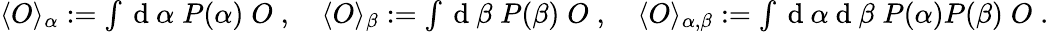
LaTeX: \begin{array}{r}{\langle O\rangle_{\alpha}:=\int\mathrm{~d~}\alpha\; P(\alpha)\; O\; ,\quad\langle O\rangle_{\beta}:=\int\mathrm{~d~}\beta\; P(\beta)\; O\; ,\quad\langle O\rangle_{\alpha,\beta}:=\int\mathrm{~d~}\alpha\mathrm{~d~}\beta\; P(\alpha)P(\beta)\; O\; .}\end{array}